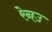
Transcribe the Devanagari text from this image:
रेनउ